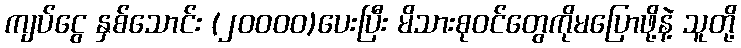
ကျပ်ငွေ နှစ်သောင်း (၂၀၀၀၀)ပေးပြီး မိသားစုဝင်တွေကိုမပြောဖို့နဲ့ သူတို့